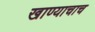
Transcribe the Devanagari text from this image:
खाण्याचाच